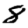
Digit: 8